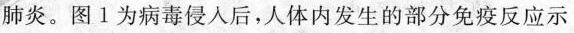
肺炎。图Ⅰ为病毒侵入后，人体内发生的部分免疫反应示